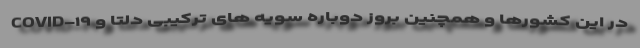
COVID-۱۹ در این کشورها و همچنین بروز دوباره سویه های ترکیبی دلتا و